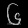
Digit: ၆